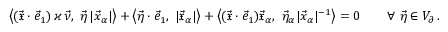
\big \langle ( \vec { \mathfrak { x } } \cdot \vec { e } _ { 1 } ) \, \varkappa \, \vec { \nu } , ~ \vec { \eta } \, | \vec { x } _ { \alpha } | \big \rangle + \big \langle \vec { \eta } \cdot \vec { e } _ { 1 } , ~ | \vec { \mathfrak { x } } _ { \alpha } | \big \rangle + \big \langle ( \vec { \mathfrak { x } } \cdot \vec { e } _ { 1 } ) \vec { \mathfrak { x } } _ { \alpha } , ~ \vec { \eta } _ { \alpha } | \vec { x } _ { \alpha } | ^ { - 1 } \big \rangle = 0 \qquad \forall \ \vec { \eta } \in V _ { \partial } \, .